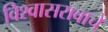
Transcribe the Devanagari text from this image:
विश्वासरावाचे